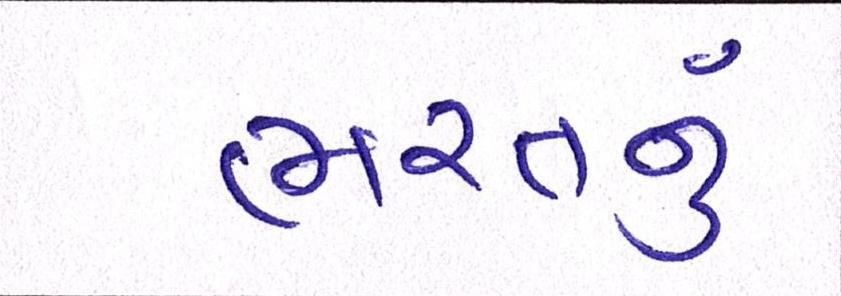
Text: ભરતનું